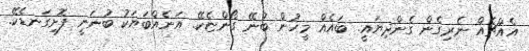
އެއްޗެއް ނެރިގެން ގެންދިޔައީ. ބައެއް މީހުން ބުނޭ ގޯންޏެކޭ. އަނެއްބަޔަކު ބުނަނީ ފޮށިގަނޑެކޭ.